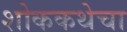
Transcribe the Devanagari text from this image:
शोककथेचा